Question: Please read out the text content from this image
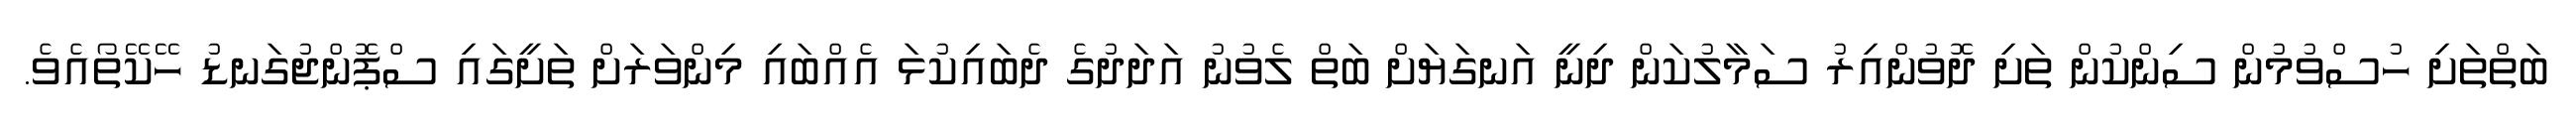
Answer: ބަތްތަށި ހުސްވުމުން ސިންކުން ތަށި ދޮވުންއިރު ސަމާލުކަން ދިނީ އަނގަޔަށް ބަތް ލެވުނު އަދަދުގެ ދެބައިކުޅަ އެއްބައި މިންވަރަށް ތަށީގައި ސްޕޮންޖުގަނޑު ހޭކޭތޯއެވެ.